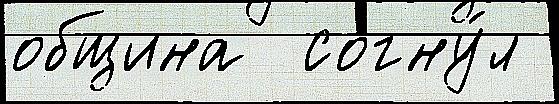
община  согну́л